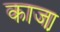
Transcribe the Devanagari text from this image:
काजा़